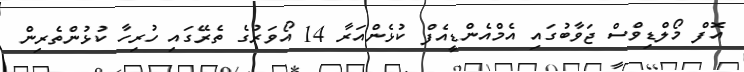
އޮފް މޯލްޑިވްސް ޖަވާބުގައި އެމްއެންޑީއެފް ކުޅެންއަރާ 14 އޯވަރުގެ ތެރޭގައި ހުރިހާ ކުޅުންތެރިން